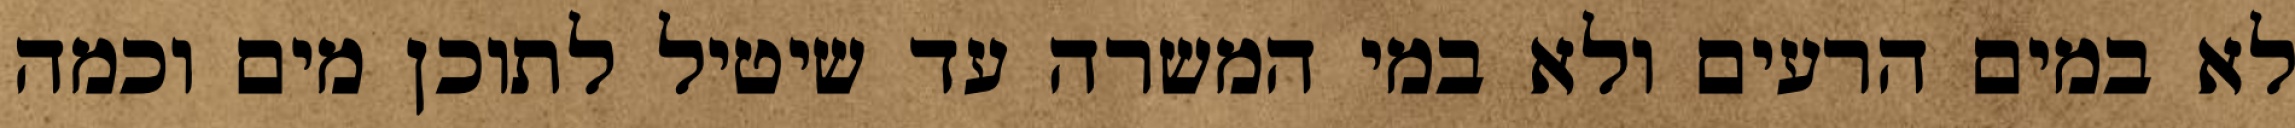
לא במים הרעים ולא במי המשרה עד שיטיל לתוכן מים וכמה